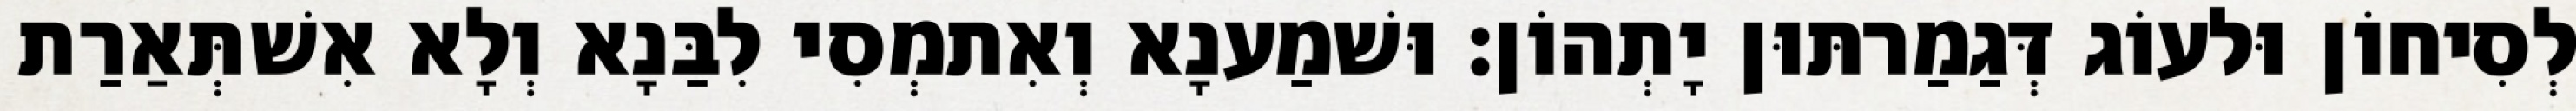
לְסִיחוֹן וּלעוֹג דְּגַמַרתּוּן יָתְהוֹן׃ וּשׁמַענָא וְאִתמְסִי לִבַּנָא וְלָא אִשׁתְּאַרַת